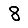
Digit: 8